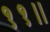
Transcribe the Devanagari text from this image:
११॥